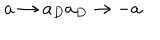
LaTeX: a \rightarrow a _ { D } a _ { D } \rightarrow - a .